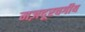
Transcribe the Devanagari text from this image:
मज़दूरवर्गीय